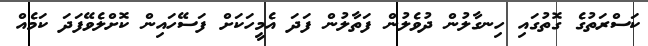
ކަސްރަތުގެ ގޮތުގައި ހިނގާލުން ދުވެލުން ފަތާލުން ފަދަ އެމީހަކަށް ފަސޭހައިން ކޮށްލެވޭފަދަ ކަމެއް